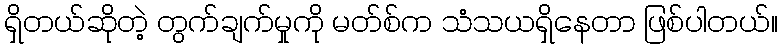
ရှိတယ်ဆိုတဲ့ တွက်ချက်မှုကို မတ်စ်က သံသယရှိနေတာ ဖြစ်ပါတယ်။